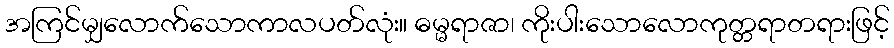
အကြင်မျှလောက်သောကာလပတ်လုံး။ ဓမ္မရာဇာ၊ ကိုးပါးသောလောကုတ္တရာတရားဖြင့်